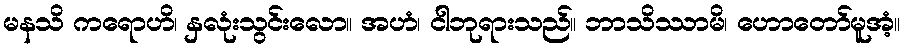
မနသိ ကရောဟိ၊ နှလုံးသွင်းလော။ အဟံ၊ ငါဘုရားသည်။ ဘာသိဿာမိ၊ ဟောတော်မူအံ့။